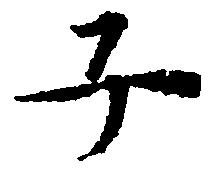
子